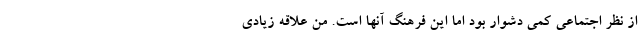
از نظر اجتماعی کمی دشوار بود اما این فرهنگ آنها است. من علاقه زیادی